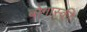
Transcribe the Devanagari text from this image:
बोगास्की